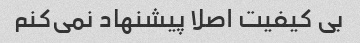
بی کیفیت اصلا پیشنهاد نمی‌کنم